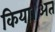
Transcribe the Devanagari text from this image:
किया।अत